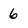
Character: 6